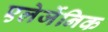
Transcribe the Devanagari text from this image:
एलेर्जेनिक